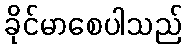
ခိုင်မာစေပါသည်